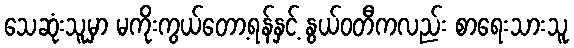
သေဆုံးသူမှာ မကိုးကွယ်တော့ရန်နှင့် နွယ်ဝတီကလည်း စာရေးသားသူ